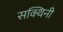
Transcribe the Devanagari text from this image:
सक्थिनी